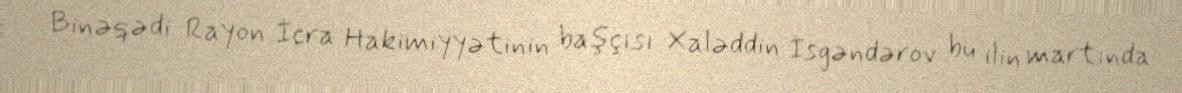
Binəqədi Rayon İcra Hakimiyyətinin başçısı Xaləddin İsgəndərov bu ilin martında